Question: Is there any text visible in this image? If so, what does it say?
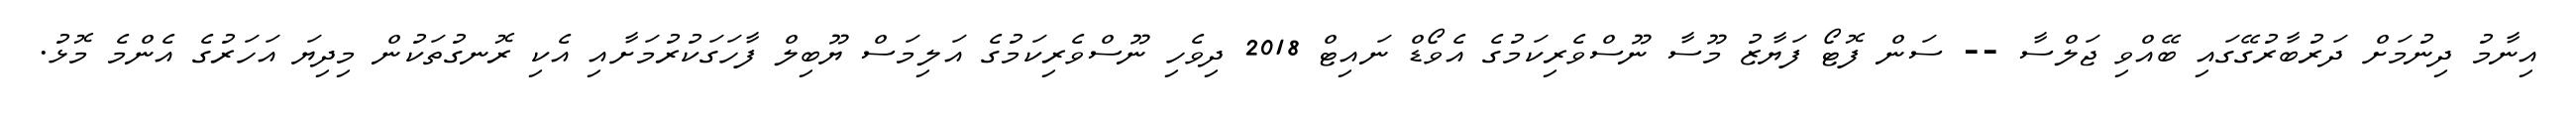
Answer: އިނާމު ދިނުމަށް ދަރުބާރުގޭގައި ބޭއްވި ޖަލްސާ -- ސަން ފޮޓޯ ފަޔާޒު މޫސާ ނޫސްވެރިކަމުގެ އެވޯޑް ނައިޓް 2018 ދިވެހި ނޫސްވެރިކަމުގެ އަލިމަސް ޔޫބިލް ފާހަގަކުރުމަށާއި އެކި ރޮނގުތަކުން މިދިޔަ އަހަރުގެ އެންމެ މޮޅު.